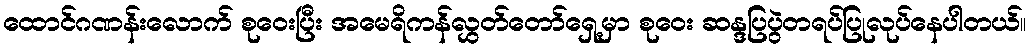
ထောင်ဂဏန်းလောက် စုဝေးပြီး အမေရိကန်လွှတ်တော်ရှေ့မှာ စုဝေး ဆန္ဒပြပွဲတရပ်ပြုလုပ်နေပါတယ်။